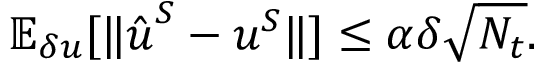
\mathbb { E } _ { \delta u } [ \| \hat { \boldsymbol { u } } ^ { S } - \boldsymbol { u } ^ { S } \| ] \le \alpha \delta \sqrt { N _ { t } } .